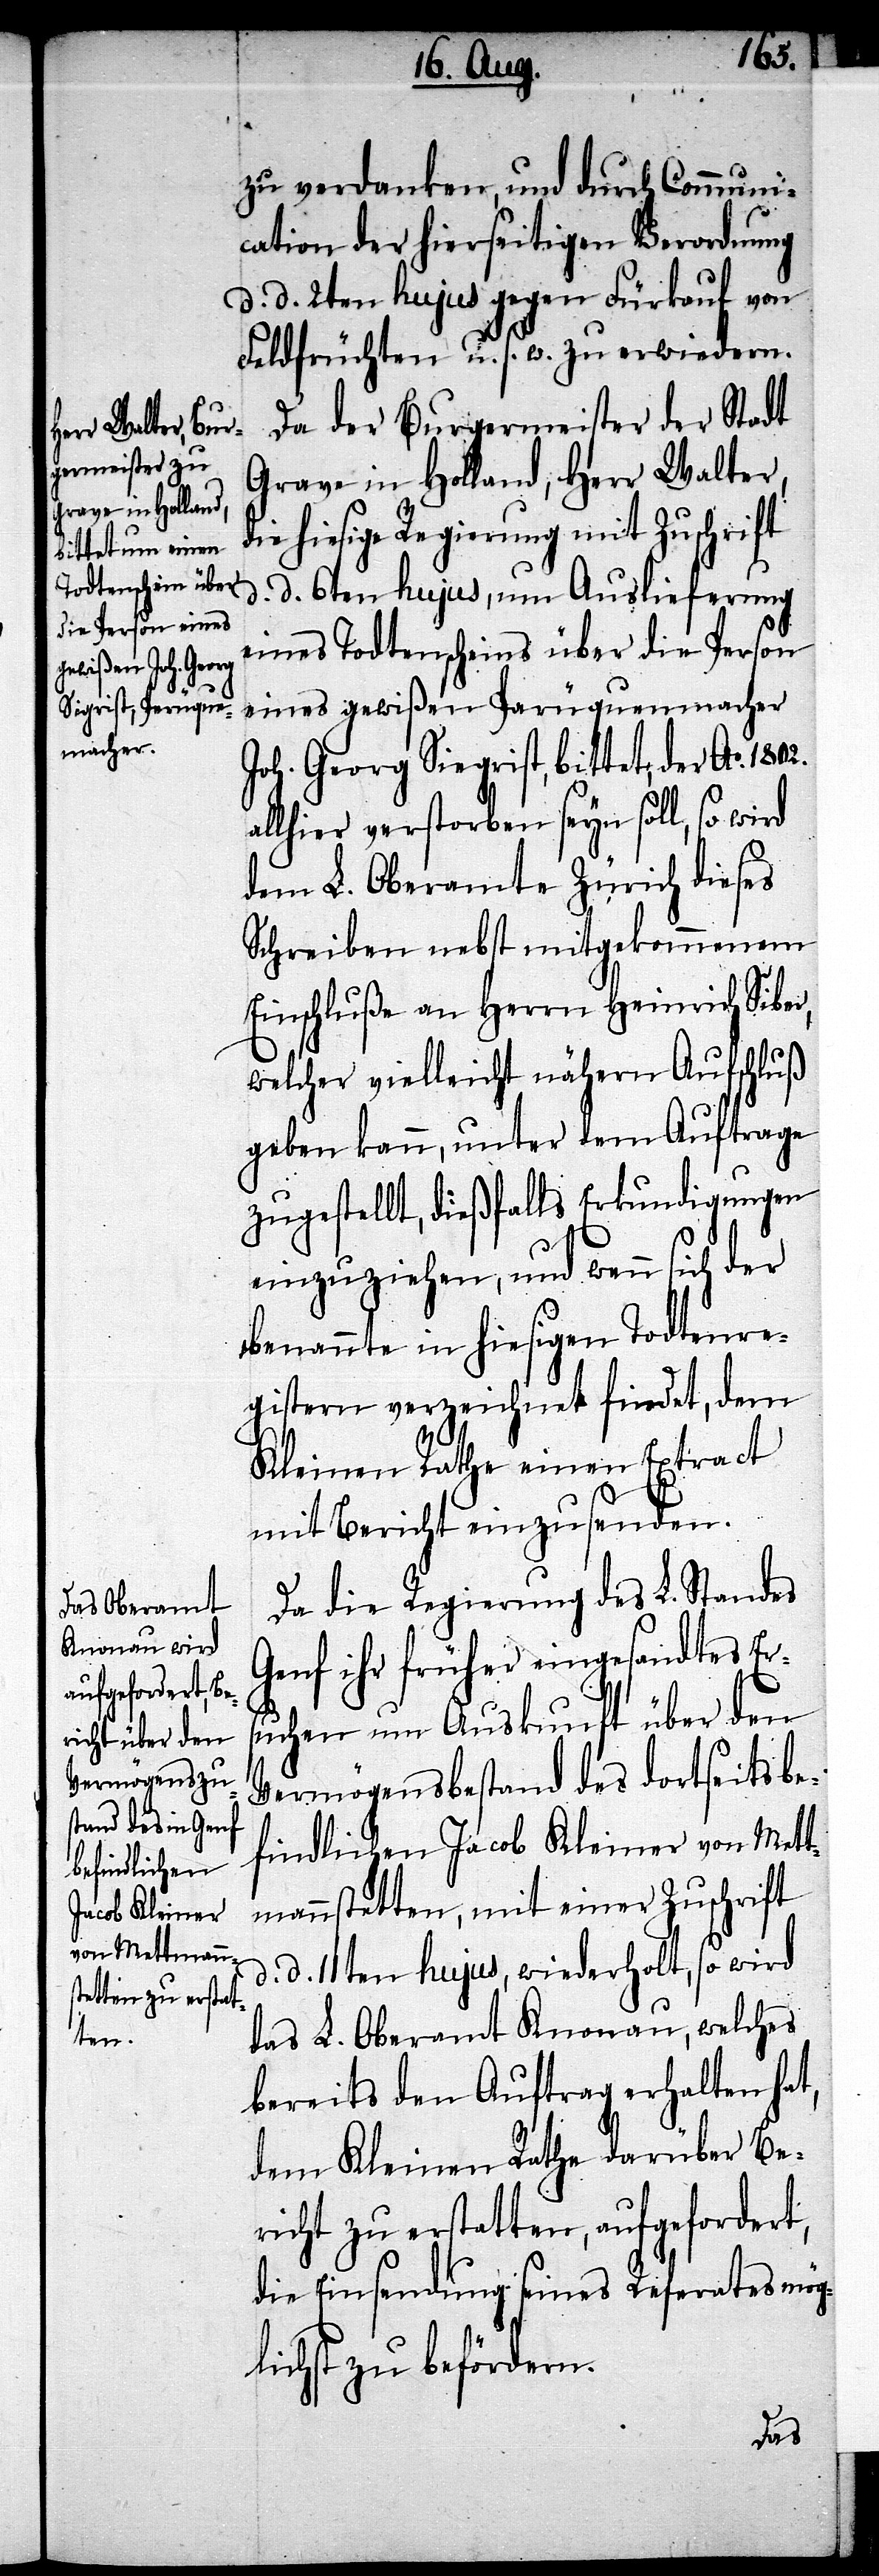
1802.
zu verdanken, und durch Communi¬
cation der hierseitigen Verordnung
d. d. 2ten hujus gegen Fürkauf von
Feldfrüchten u. s. w. zu erwiedern.
Da der Burgermeister der Stadt
Grave in Holland, Herr Walter,
ie hiesige Regierung mit Zuschrift
d. d. 6ten hujus, um Auslieferung
eines Todtenscheins über die Person
eines gewißen Perüquenmacher
Joh. Georg Siegrist, bittet, der Ao.
allhier verstorben seyn soll, so wird
dem L. Oberamte Zürich dieses
Schreiben nebst mitgekommenem
Einschluße an Herrn Heinrich Siber,
welcher vielleicht nähern Aufschluß
geben kann, unter dem Auftrage
zugestellt, dießfalls Erkundigungen
einzuziehen, und wenn sich der
benannte in hiesigen Todtenre¬
gistern verzeichnet findet, dem
Kleinen Rathe einen Extract
mit Bericht einzusenden.
Da die Regierung des L. Standes
Genf ihr früher eingesandtes Er¬
suchen um Auskunft über den
Vermögensbestand des dortseits be¬
findlichen Jacob Kleiner von Mett¬
mannstetten, mit einer Zuschrift
d. 11ten hujus, wiederholt, so wird
das L. Oberamt Knonau, welches
bereits den Auftrag erhalten hat,
dem Kleinen Rathe darüber Be¬
richt zu erstatten, aufgefordert,
die Einsendung seines Referates mög¬
lichst zu befördern.